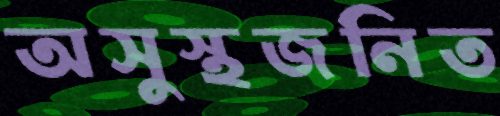
অসুস্থজনিত